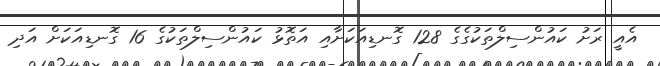
އެއީ ރަށު ކައުންސިލްތަކުގެގެ 128 ގޮނޑިއަކަށާއި އަތޮޅު ކައުންސިލްތަކުގެ 16 ގޮނޑިއަކަށް އަދި